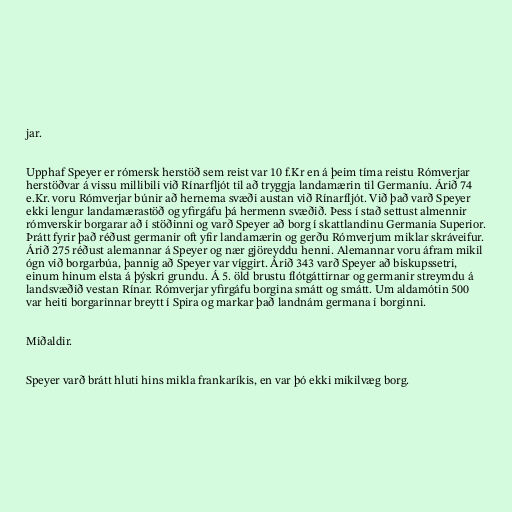
jar.

Upphaf Speyer er rómersk herstöð sem reist var 10 f.Kr en á þeim tíma reistu Rómverjar
herstöðvar á vissu millibili við Rínarfljót til að tryggja landamærin til Germaníu. Árið 74
e.Kr. voru Rómverjar búnir að hernema svæði austan við Rínarfljót. Við það varð Speyer
ekki lengur landamærastöð og yfirgáfu þá hermenn svæðið. Þess í stað settust almennir
rómverskir borgarar að í stöðinni og varð Speyer að borg í skattlandinu Germania Superior.
Þrátt fyrir það réðust germanir oft yfir landamærin og gerðu Rómverjum miklar skráveifur.
Árið 275 réðust alemannar á Speyer og nær gjöreyddu henni. Alemannar voru áfram mikil
ógn við borgarbúa, þannig að Speyer var víggirt. Árið 343 varð Speyer að biskupssetri,
einum hinum elsta á þýskri grundu. Á 5. öld brustu flótgáttirnar og germanir streymdu á
landsvæðið vestan Rínar. Rómverjar yfirgáfu borgina smátt og smátt. Um aldamótin 500
var heiti borgarinnar breytt í Spira og markar það landnám germana í borginni.

Miðaldir.

Speyer varð brátt hluti hins mikla frankaríkis, en var þó ekki mikilvæg borg.